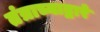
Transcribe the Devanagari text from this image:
तंत्राच्याद्वारे